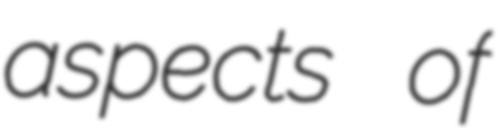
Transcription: aspects of